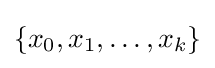
\{x_{0},x_{1},\ldots ,x_{k}\}